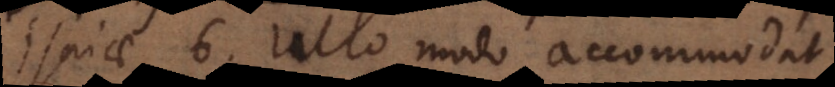
aiae 6. ullo modo accommodat